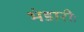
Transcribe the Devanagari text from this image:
भंडारीः